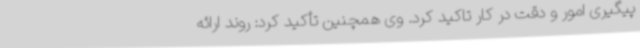
پیگیری امور و دقت در کار تاکید کرد. وی همچنین تأکید کرد: روند ارائه